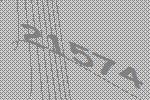
21574